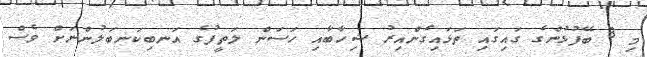
މި 3 ބޭފުޅުންގެ ގައިގައި ތަޅައިގެންއިރު ޝިހާބާއި ހަސަން ލަތީފުގެ އަނބިކަނބަލުންނަށް ވެސް